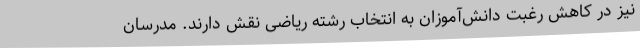
نیز در کاهش رغبت دانش‌آموزان به انتخاب رشته‌ ریاضی نقش دارند. مدرسان